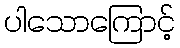
ပါသောကြောင့်